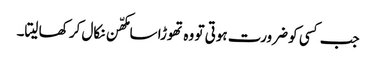
جب کسی کو ضرورت ہوتی تو وہ تھوڑا سا مکھّن نکال کر کھا لیتا۔